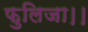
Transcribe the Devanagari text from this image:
फुलिजा।।